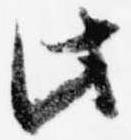
此